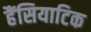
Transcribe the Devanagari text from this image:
हैंसियाटिक